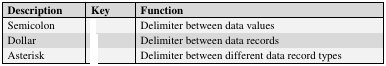
<table><thead><tr><td><b>Description</b></td><td><b>Key</b></td><td><b>Function</b></td></tr></thead><tbody><tr><td>Semicolon</td><td>[EMPTY_CELL]</td><td>Delimiter between data values</td></tr><tr><td>Dollar</td><td>[EMPTY_CELL]</td><td>Delimiter between data records</td></tr><tr><td>Asterisk</td><td>[EMPTY_CELL]</td><td>Delimiter between different data record types</td></tr></tbody></table>